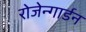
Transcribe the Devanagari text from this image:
रोजेन्गार्डन